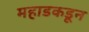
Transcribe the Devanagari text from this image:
महाडकडून